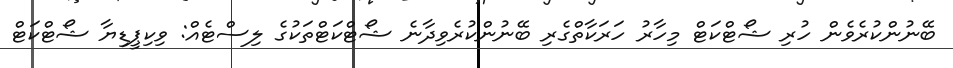
ބޭނުންކުރެވެން ހުރި ޝޯޓްކަޓް މިހާރު ހަރަކާތްގެރި ބޭނުންކުރެވިދާނެ ޝޯޓްކަޓްތަކުގެ ލިސްޓެއް: ވިކިޕީޑިޔާ ޝޯޓްކަޓް